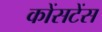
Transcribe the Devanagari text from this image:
कोंसटेंस